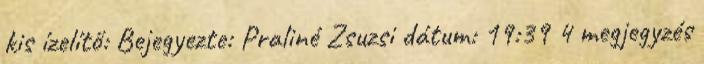
kis ízelítő: Bejegyezte: Praliné Zsuzsi dátum: 19:39 4 megjegyzés